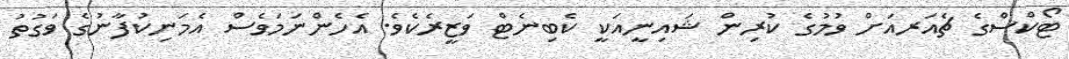
ޓޯކްސްގެ ޗެއަރއަށް ވުމުގެ ކުރިން ޝައިނީއަކީ ކެބިނެޓް ވަޒީރެކެވެ. އެހެންނަމަވެސް އެމަނިކުފާނުގެ ވަގުތު